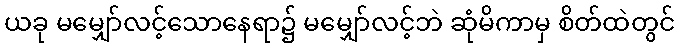
ယခု မမျှော်လင့်သောနေရာ၌ မမျှော်လင့်ဘဲ ဆုံမိကာမှ စိတ်ထဲတွင်